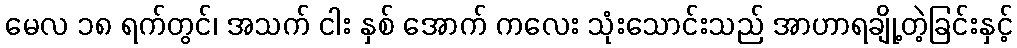
မေလ ၁၈ ရက်တွင်၊ အသက် ငါး နှစ် အောက် ကလေး သုံးသောင်းသည် အာဟာရချို့တဲ့ခြင်းနှင့်